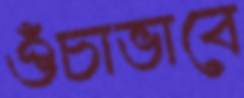
ওঁচাভাবে